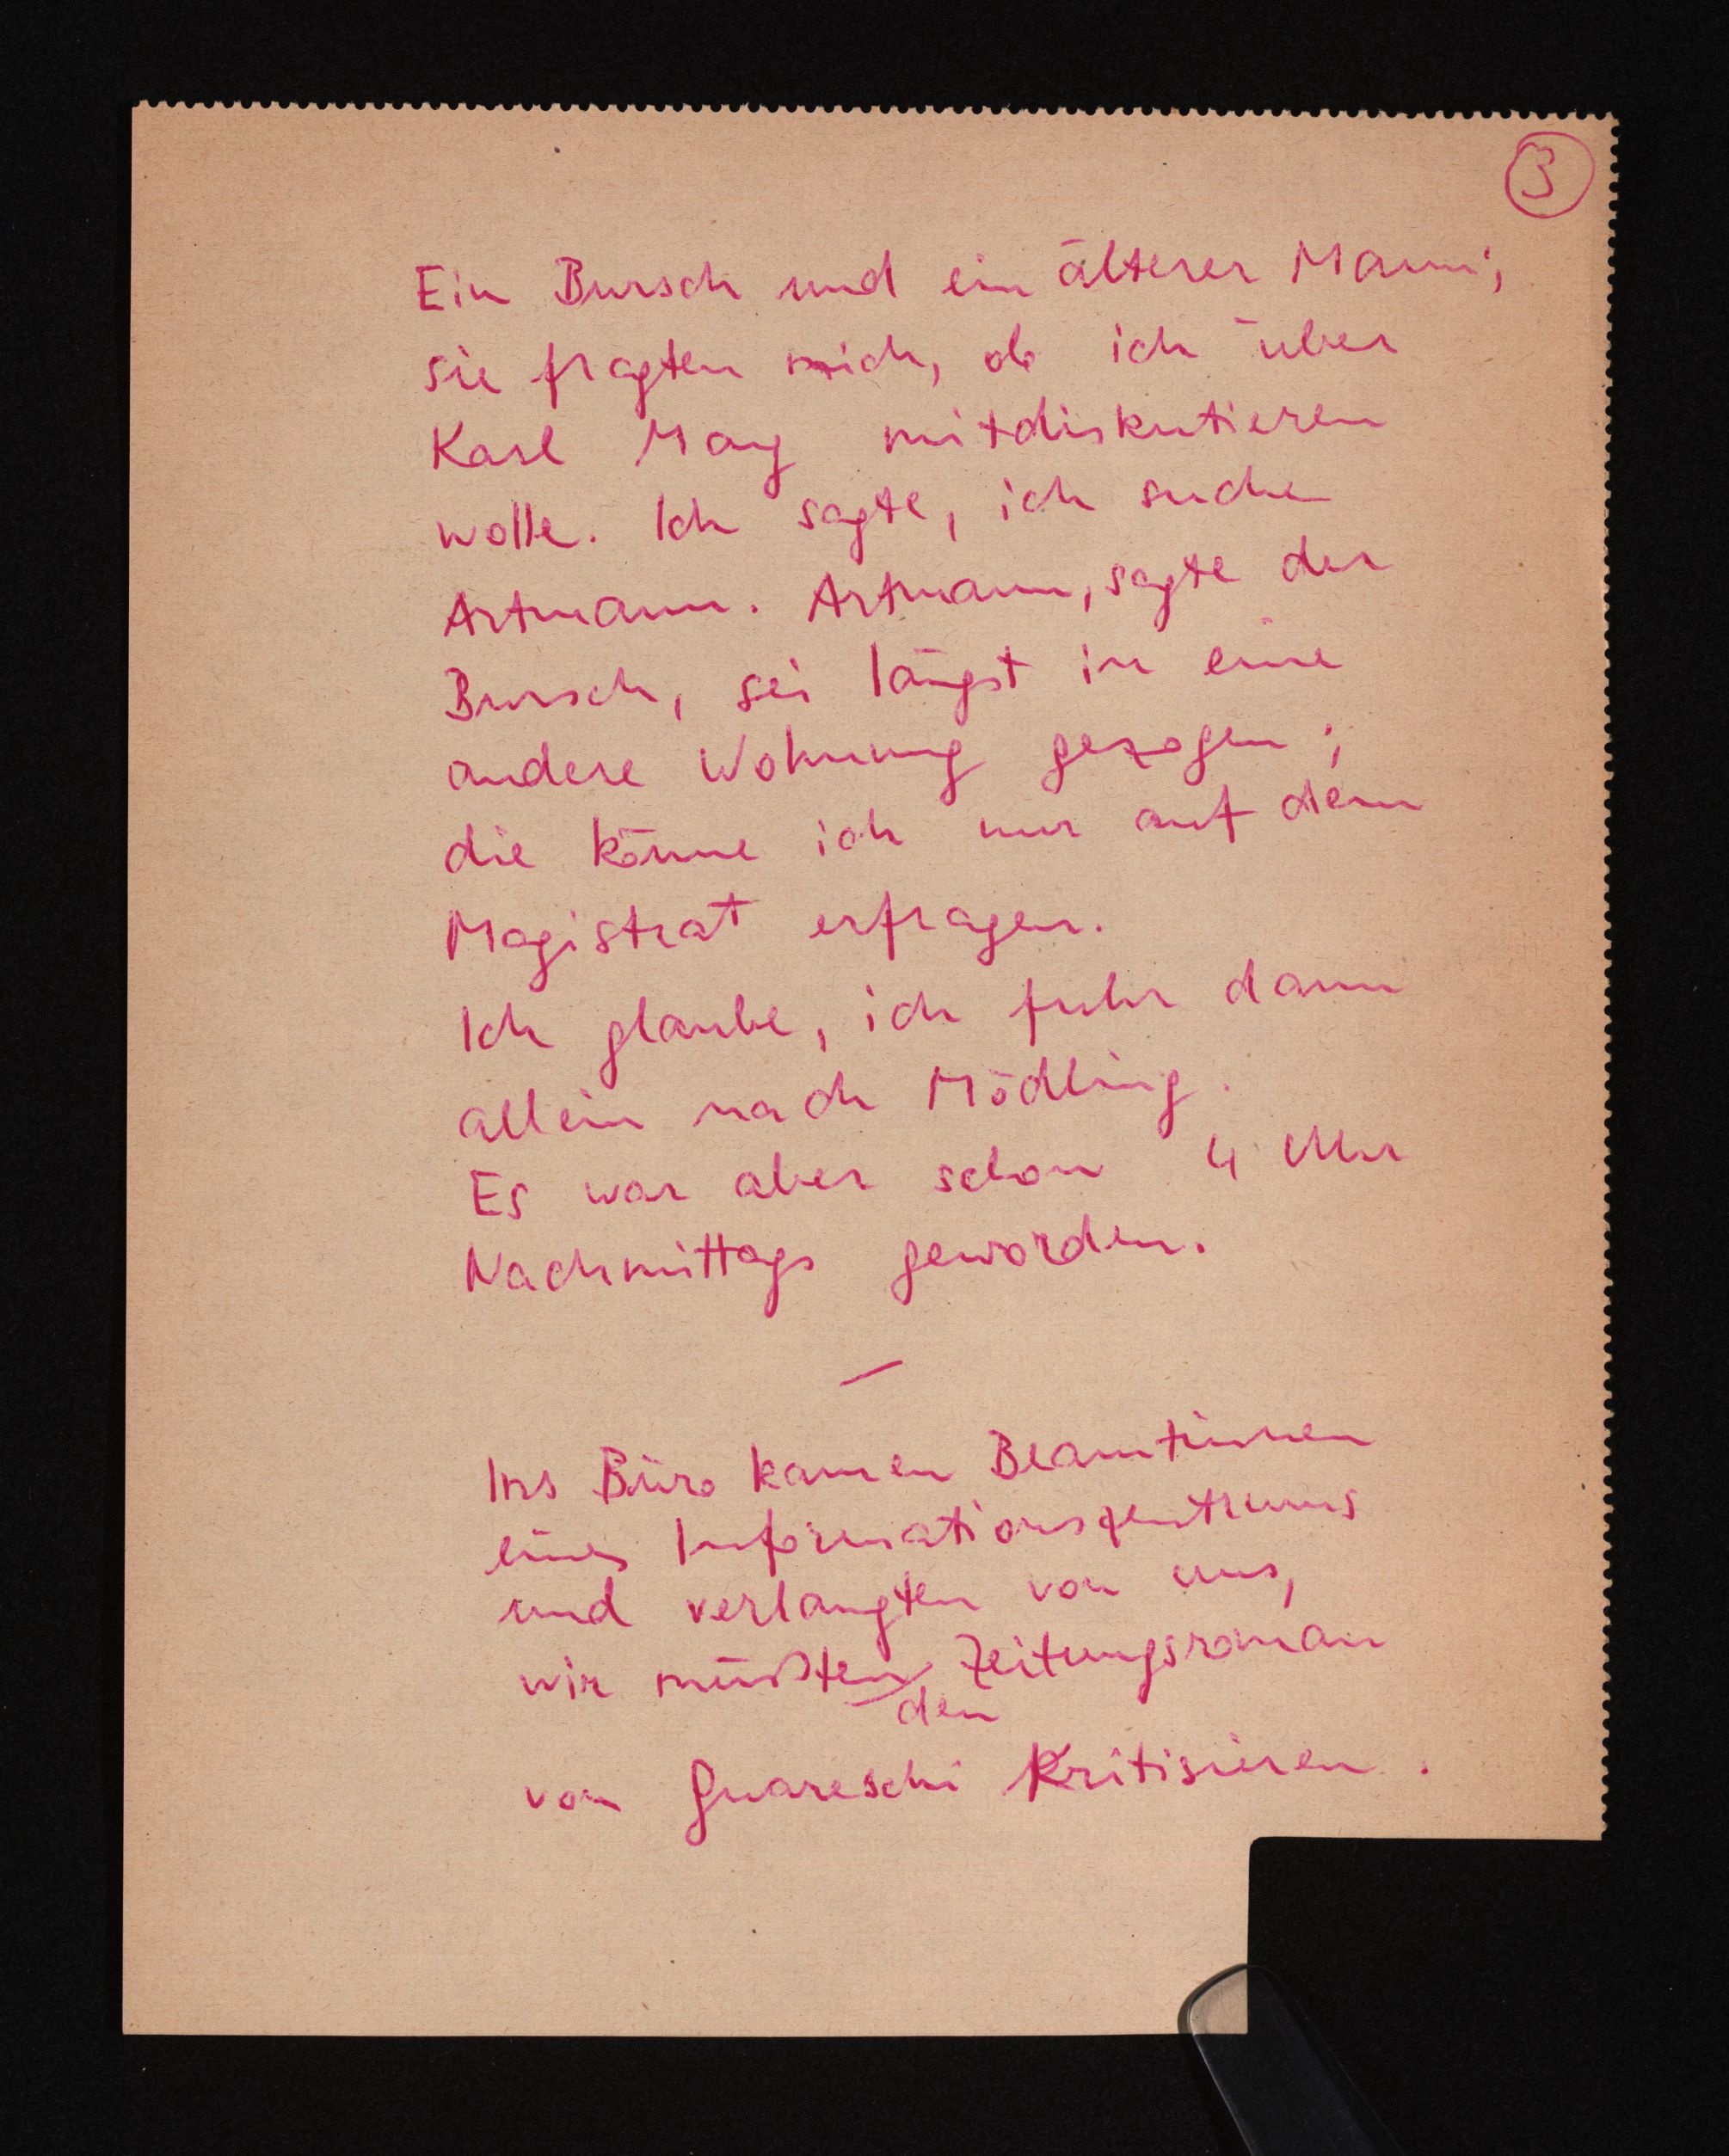
3
Ein Bursch und ein älterer Mann;
sie fragten mich, ob ich über
Karl May mitdiskutieren
wolle. Ich sagte, ich suche
Artmann. Artmann, sagte der
Bursch, sei längst in eine
andere Wohnung gezogen;
die könne ich nur auf dem
Magistrat erfragen.
Ich glaube, ich fuhr dann
allein nach Mödling.
Es war aber schon 4 Uhr
Nachmittags geworden.
Ins Büro kamen Beamtinnen
eines Informationszentrums
und verlangten von uns,
wir müßten Zeitungsroman
den
von Guareschi Kkritisieren.